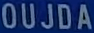
OUJDA